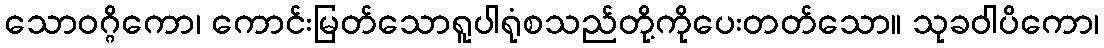
သောဝဂ္ဂိကော၊ ကောင်းမြတ်သောရူပါရုံစသည်တို့ကိုပေးတတ်သော။ သုခဝါပိကော၊